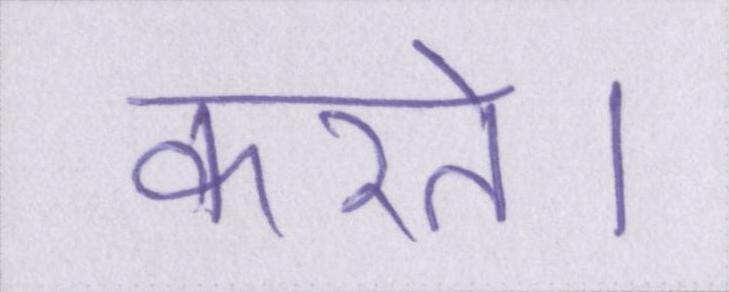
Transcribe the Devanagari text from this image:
करते।